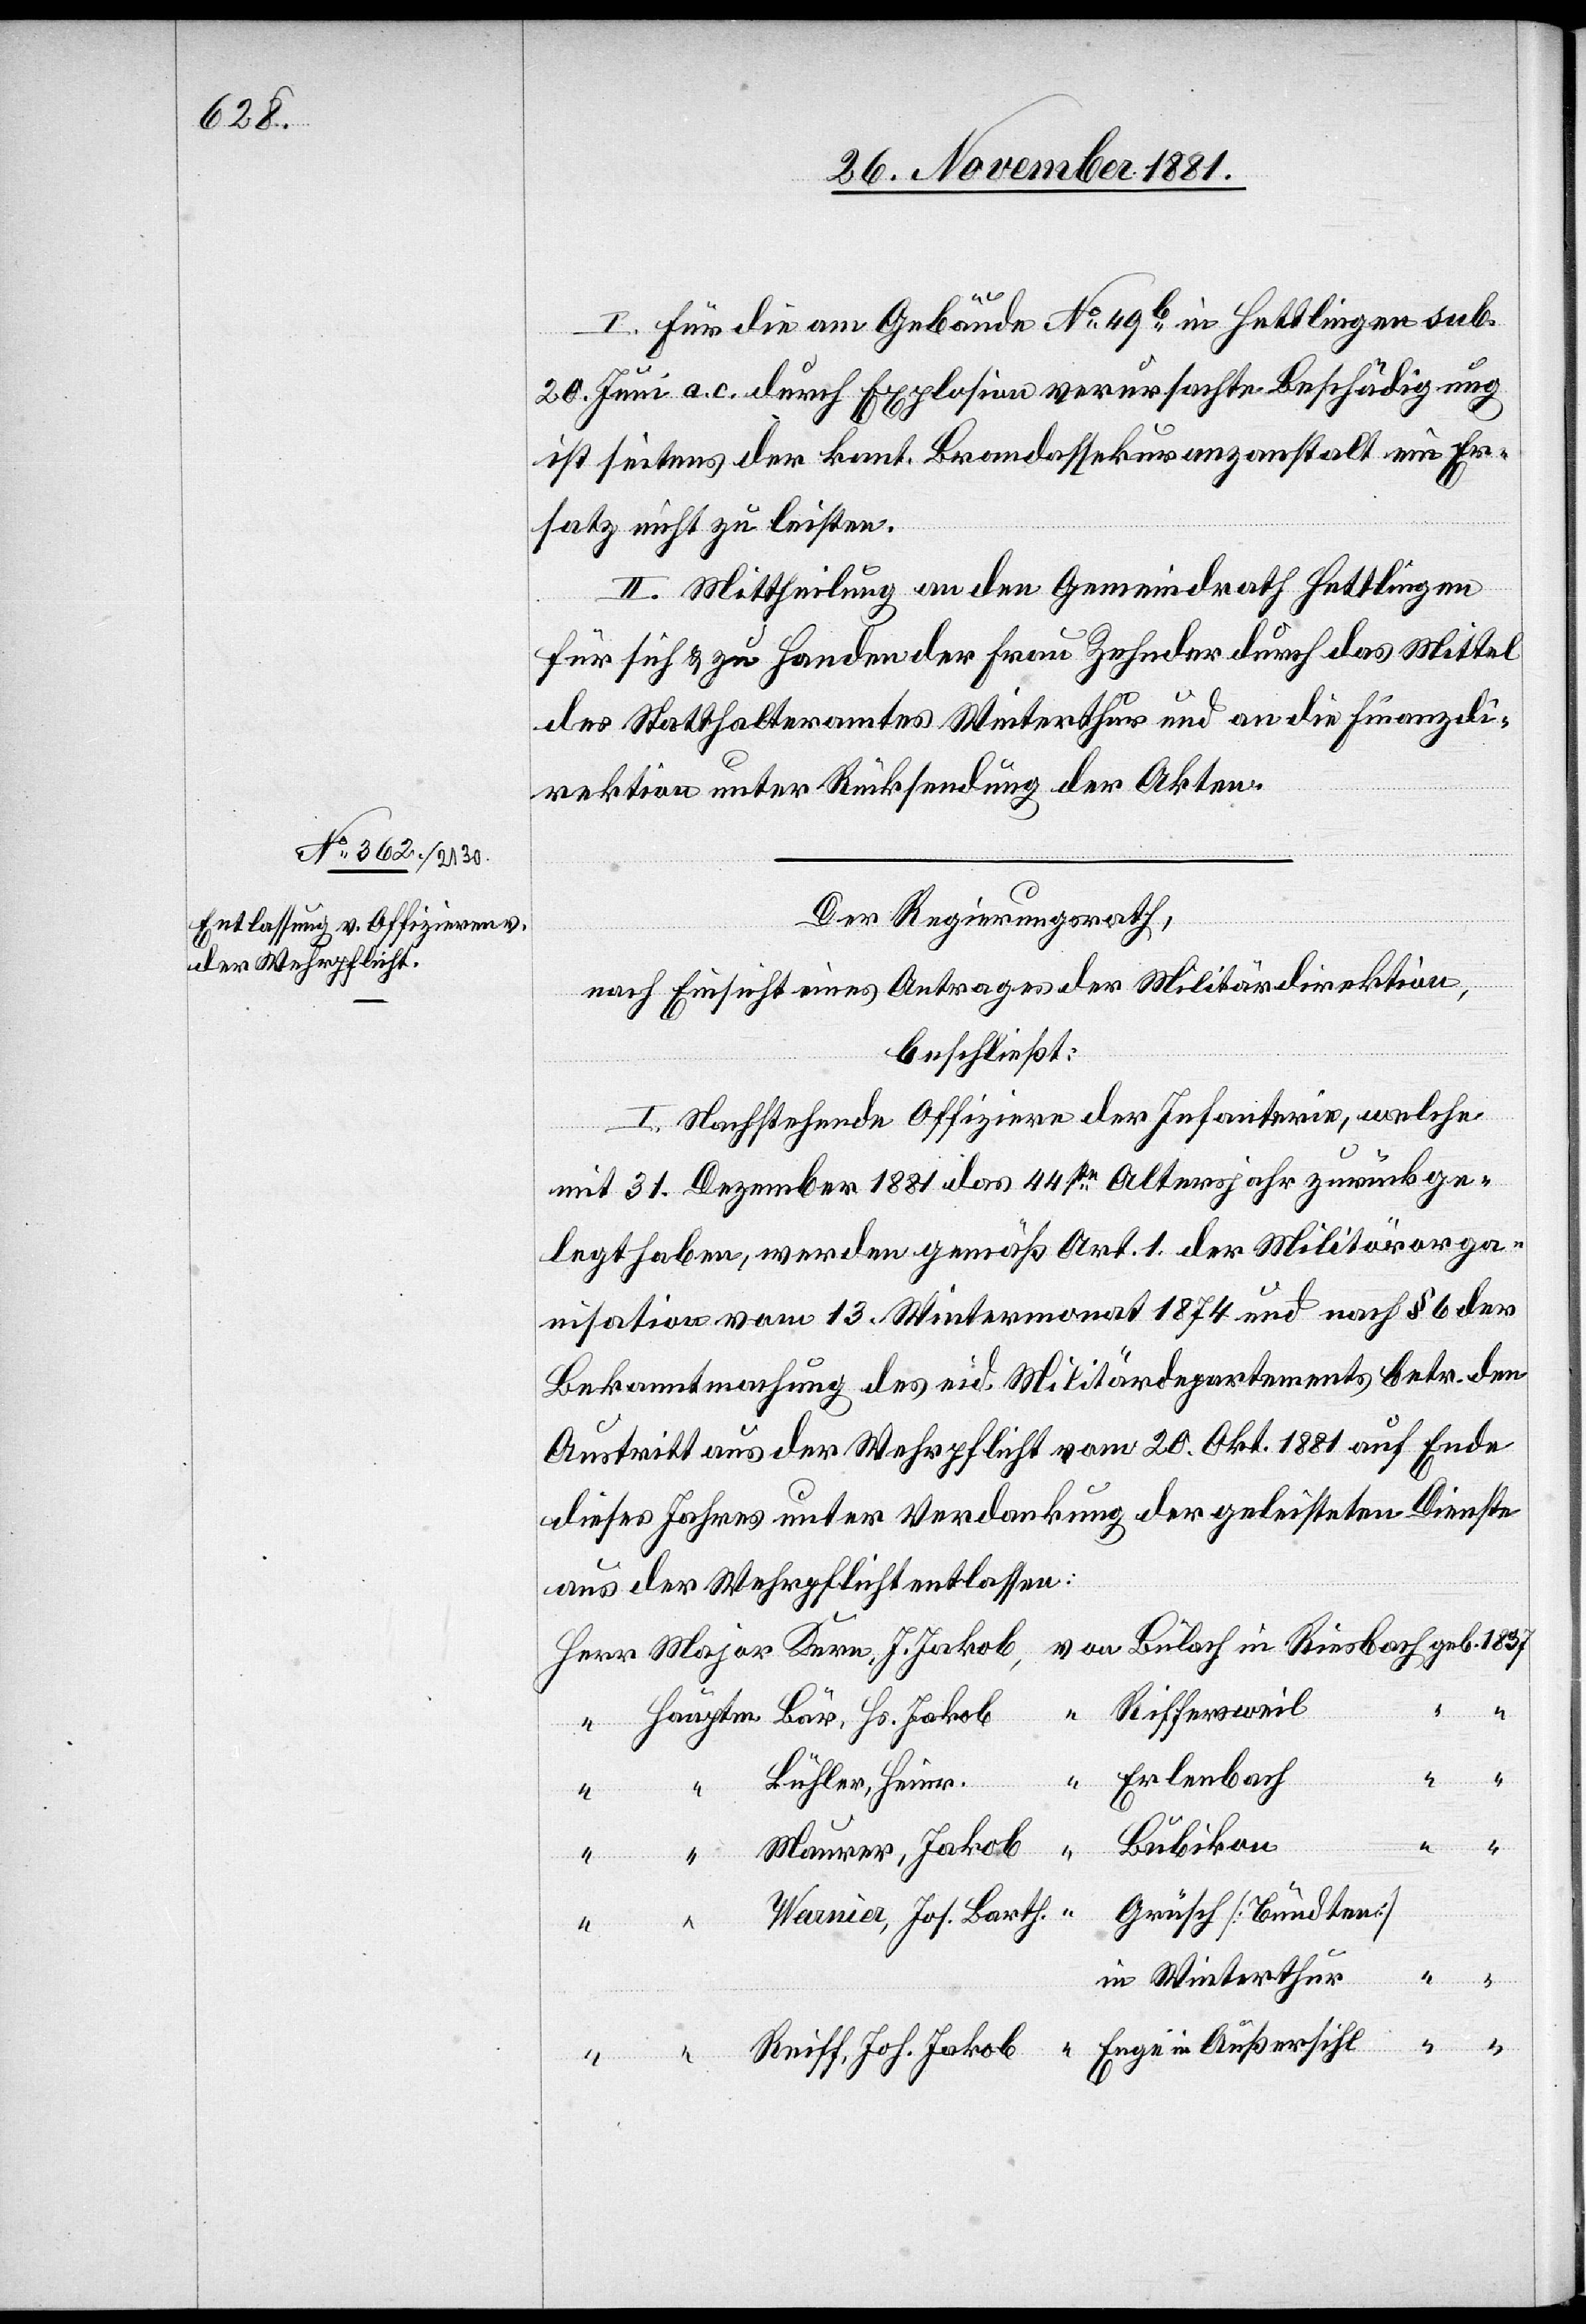
1837

I. Für die am Gebäude No 49b in Hettlingen sub.
20. Juni a. c. durch Explosion verursachte Beschädigung
ist seitens der kant. Brandassekuranzanstalt ein Er¬
satz nicht zu leisten.
II. Mittheilung an den Gemeindrath Hettlingen
für sich & zu Handen der Frau Zehnder durch das Mittel
des Statthalteramtes Winterthur und an die Finanzdi¬
rektion unter Rücksendung der Akten.
Der Regierungsrath,
nach Einsicht eines Antrages der Militärdirektion,
beschließt:
I. Nachstehende Offiziere der Infanterie, welche
in
mit 31. Dezember 1881 das 44ste Altersjahr zurückge¬
bracht haben, werden gemäß Art. 1. der Militärorga¬
nisation vom 13. Wintermonat 1874 und nach § 6 der
Bekanntmachung des eid. Militärdepartements betr. den
Austritt aus der Wehrpflicht vom 20. Okt. 1881 auf Ende
dieses Jahres unter Verdankung der geleisteten Dienste
aus der Wehrpflicht entlassen:
Riffersweil
Erlenbach
Bühler, Heinr.
Bubikon
Maurer, Jakob
Wania,
Grüsch [Bundten]
in Winterthur
Hs.
Enge in Außersihl
Reiff, Joh. Jakob